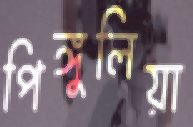
পিঙ্গুলিয়া